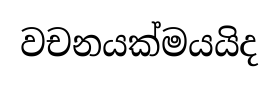
වචනයක්මයයිද